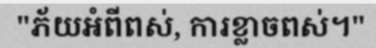
"ភ័យអំពីពស់, ការខ្លាចពស់។"